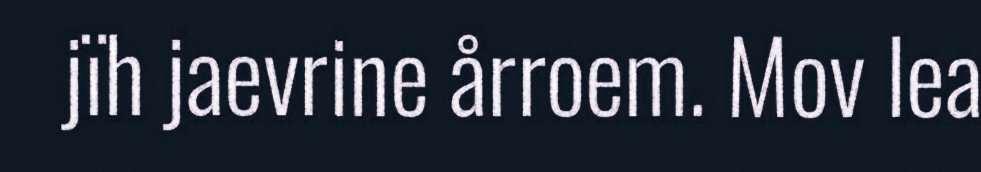
jïh jaevrine årroem. Mov lea